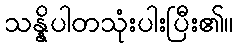
သန္နိပါတသုံးပါးပြီး၏။